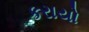
કરાયો